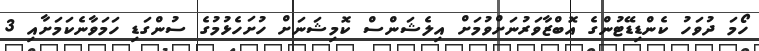
ހޯމަ ދުވަހު ކެންޑިޑޭޓުންގެ އޮބްޒާވަރުނަށްވުމަށް އިލެޝަންސް ކޮމިޝަނަށް ހުށަހެޅުމުގެ ސުންގަޑި ހަމަވާނެކަމަށާއި 3